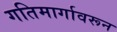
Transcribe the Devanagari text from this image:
गतिमार्गावरून